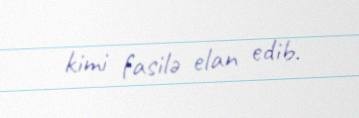
kimi fasilə elan edib.